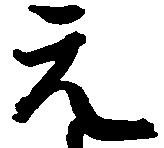
元